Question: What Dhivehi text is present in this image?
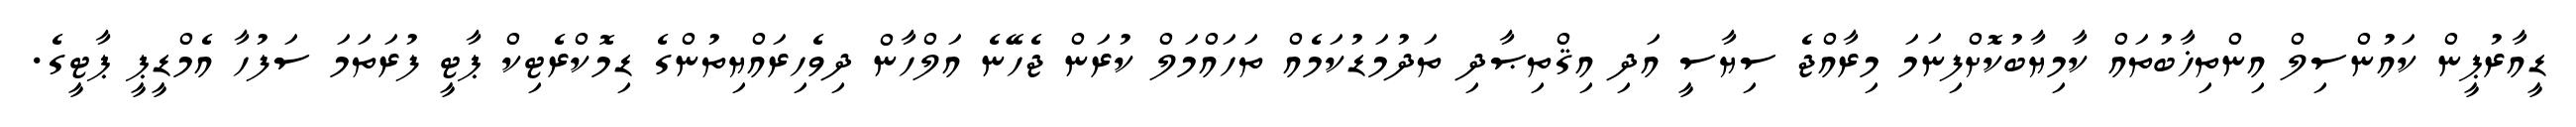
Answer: ޑީއާރުޕީން ކައުންސިލް އިންތިޚާބުތައް ކާމިޔާބުކޮށްފިނަމަ މިރާއްޖެ ސިޔާސީ އަދި އިޤްތިޞާދި ތަދުމަޑުކަމެއް ތަހައްމަލް ކުރަން ޖެހޭނެ އަލްހާން ދިވެހިރައްޔިތުންގެ ޑިމޮކްރެޓިކް ޕާޓީ ފުރަތަމަ ސަފުހާ އެމްޑީޕީ ޕާޓީގެ.